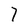
Character: 7